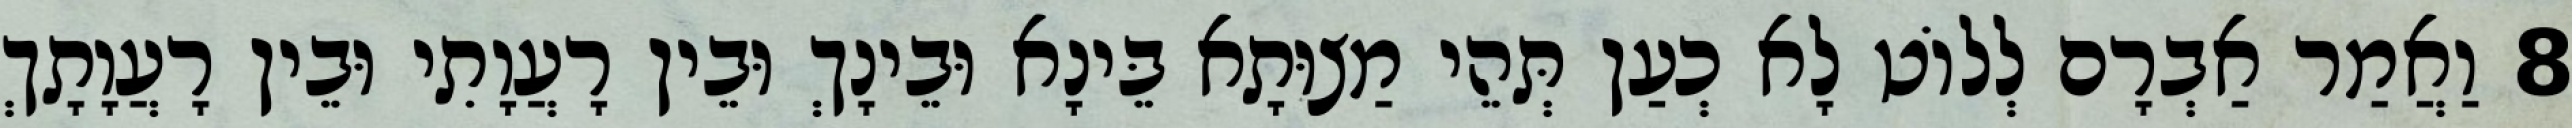
8 וַאֲמַר אַבְרָם לְלוֹט לָא כְעַן תְּהֵי מַצוּתָא בֵּינָא וּבֵינָךְ וּבֵין רָעֲוָתִי וּבֵין רָעֲוָתָךְ